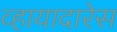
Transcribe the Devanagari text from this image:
व्हायादारेस